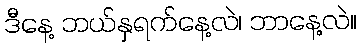
ဒီနေ့ ဘယ်နှရက်နေ့လဲ၊ ဘာနေ့လဲ။